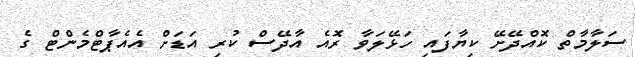
ސަލާމާތް ކޮއްދޭށޭ ކިޔާފައި ހަޅޭލަވާ ރޮއެ އާދޭސް ކުރި އަޑަށް އެއެޕާޓްމެންޓް ގެ